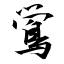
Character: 鴬